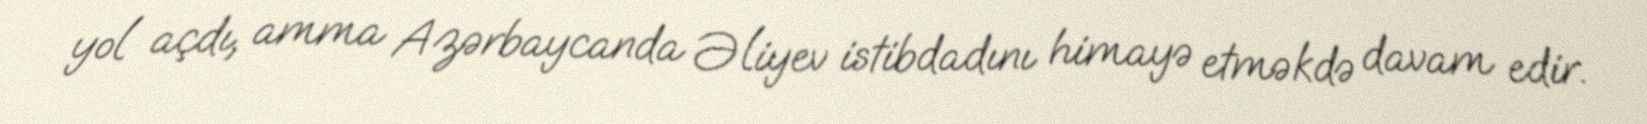
yol açdı, amma Azərbaycanda Əliyev istibdadını himayə etməkdə davam edir.